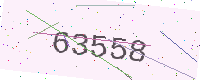
Text: 63558